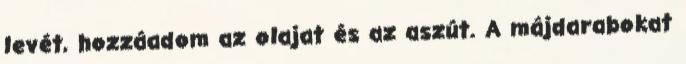
levét, hozzáadom az olajat és az aszút. A májdarabokat